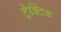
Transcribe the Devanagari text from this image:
ट्रैक्टिव